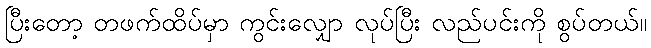
ပြီးတော့ တဖက်ထိပ်မှာ ကွင်းလျှော လုပ်ပြီး လည်ပင်းကို စွပ်တယ်။